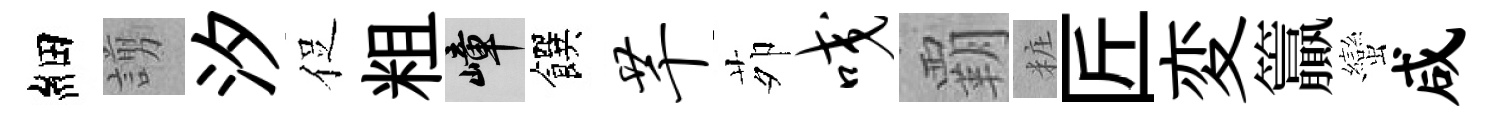
細謭汐促粗嶂饌芊茆咬覇粧匠変籯蠻咸